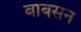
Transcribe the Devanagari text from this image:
बाबसन